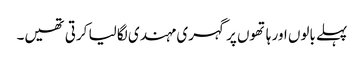
پہلے بالوں اور ہاتھوں پر گہری مہندی لگا لیا کرتی تھیں۔